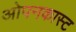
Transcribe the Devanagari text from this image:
ओपनकास्ट